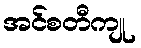
အင်စတီကျု